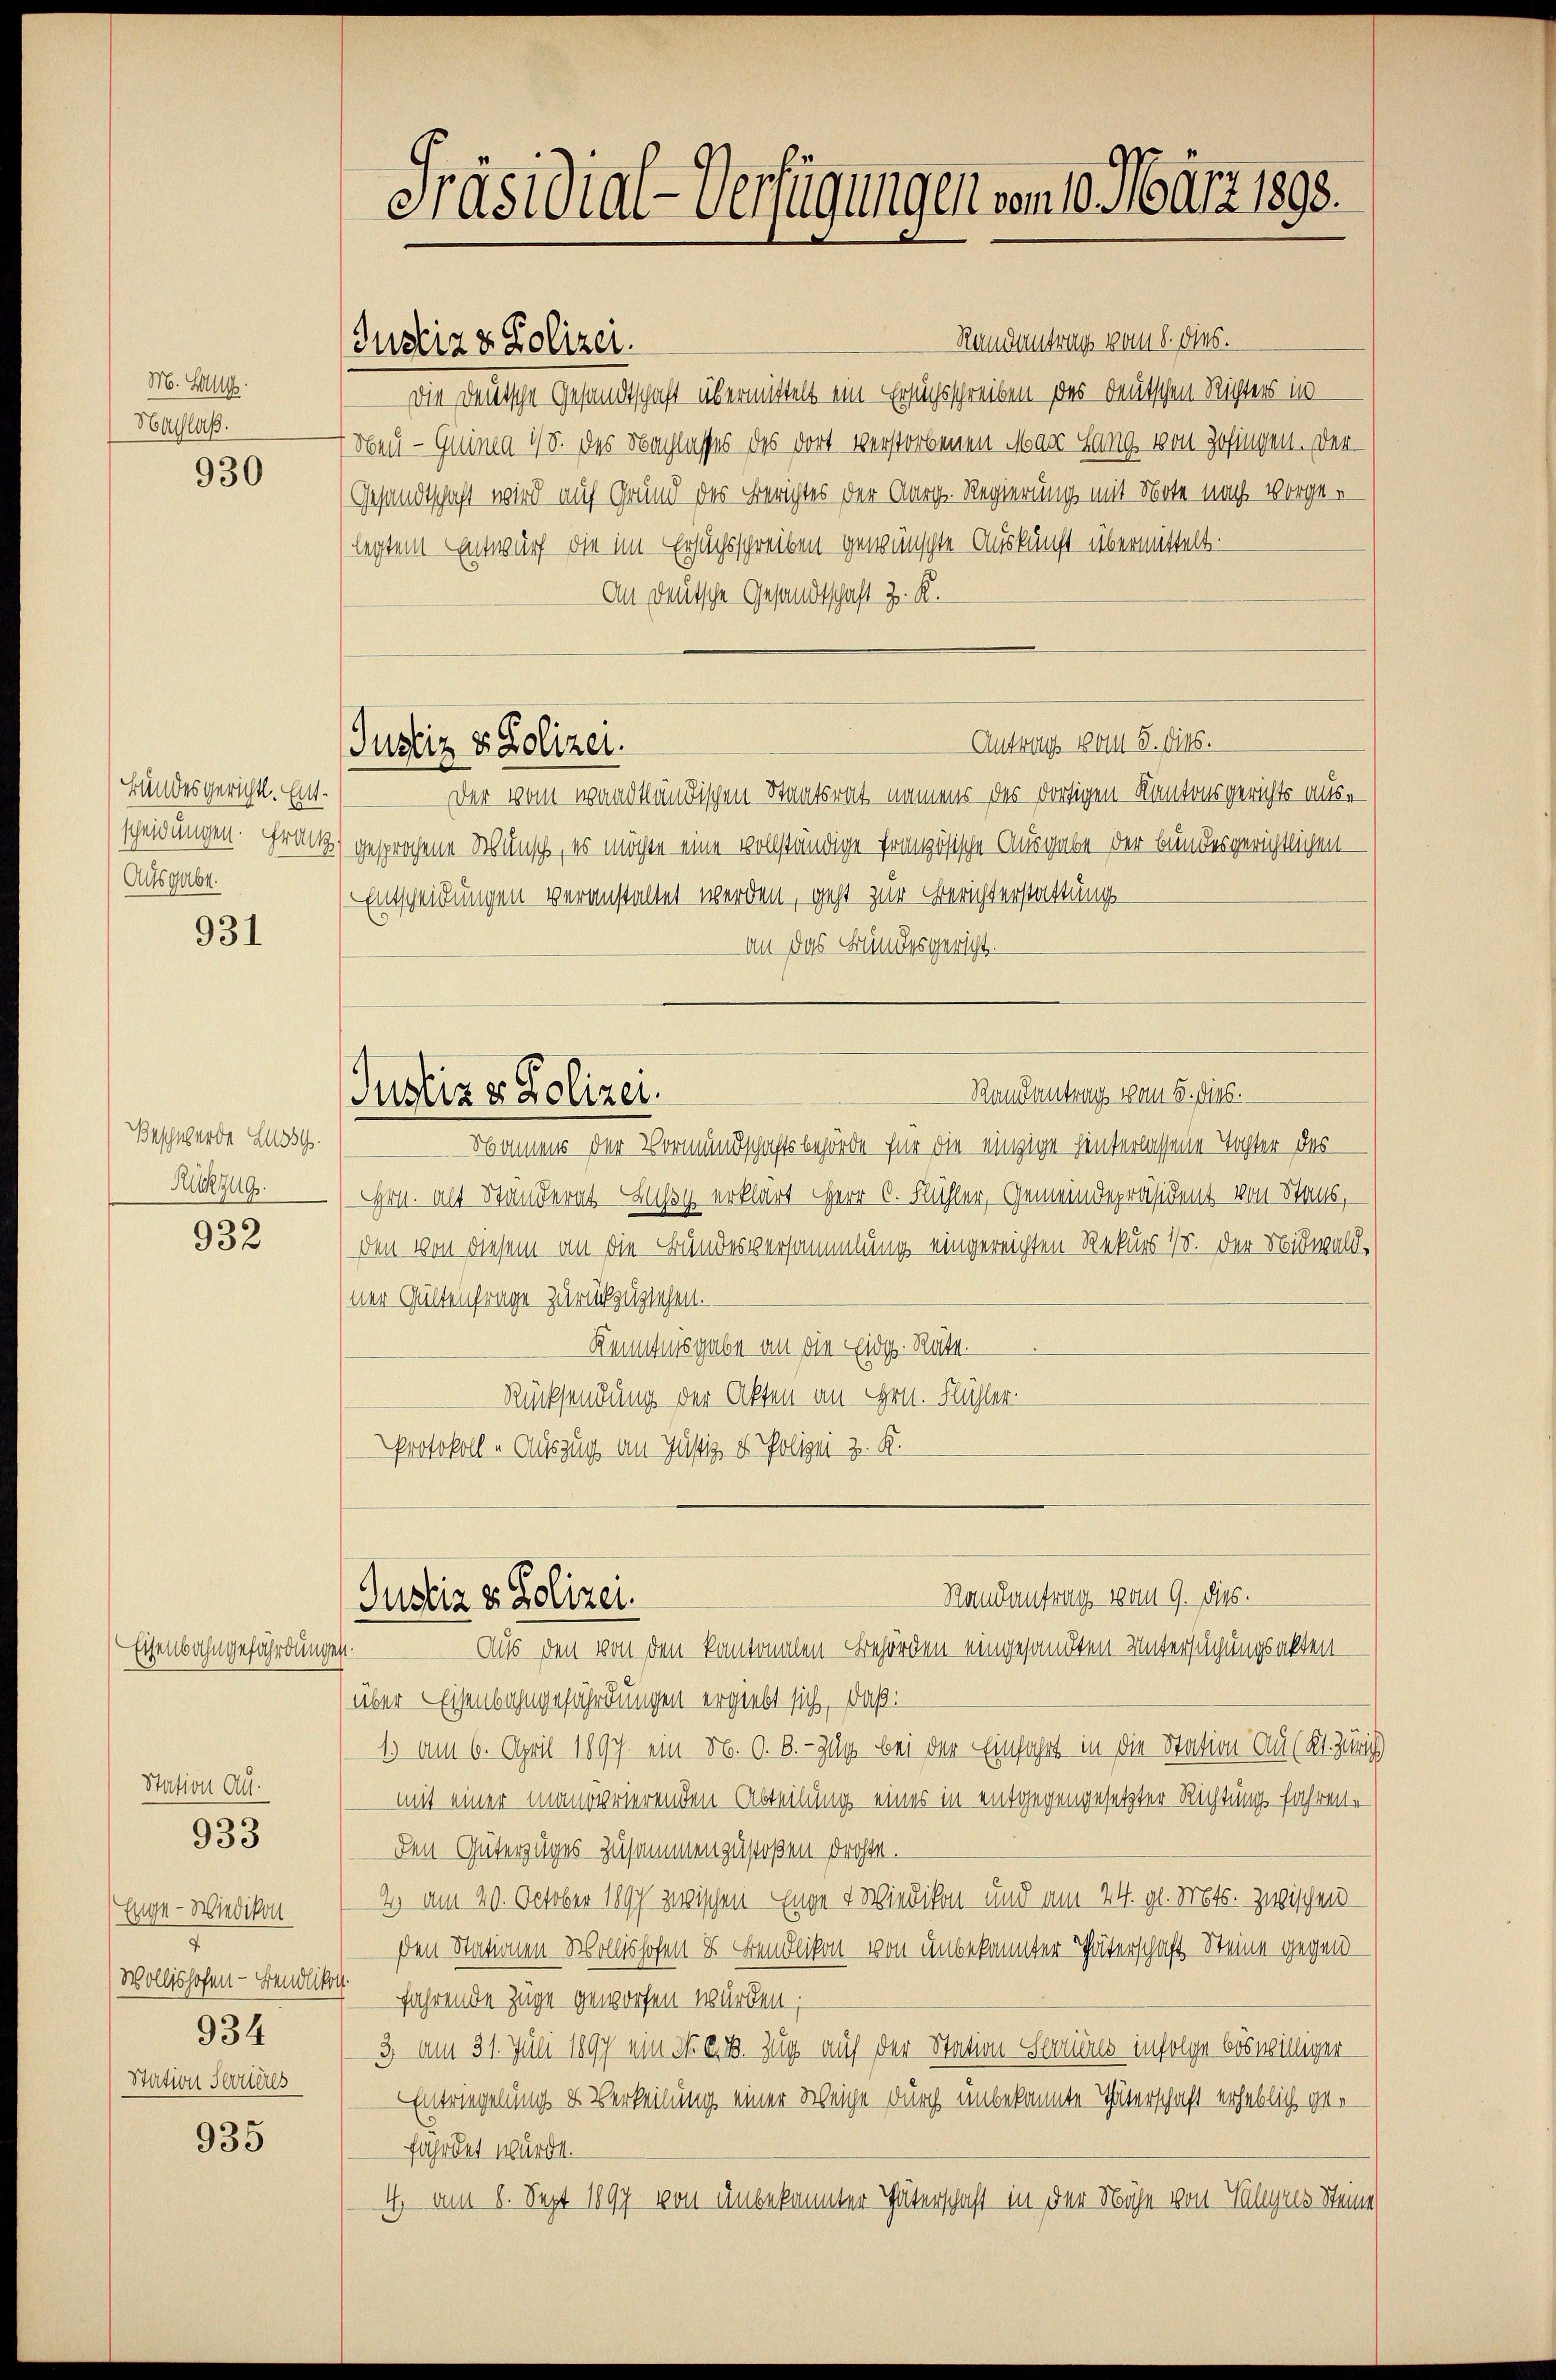
M. B
Hachlaß.

930

Bundesgericht. Entscheidungen. Franz
Ausgabe.

931

Beschwerde Lussg.
Ruszzug.

932

Eisenbahngefährdungen.

Station Au¬

933

Enge - Wiedikon
7
Wollishofen - Bendliker
934
Station Terrieres

935

Präsidial-Verfügungen vom 10. März 1893.

Randantrag vom 8. dies.
Justiz & Polizei.
Die Deutsche Gesandtschaft übermittelt ein Ersuchsschreiben das Deutschen Richters in
(Neu - Guima 48. des Nachlasses des dort verstorbenen Mare Lang, von Zofingen. Der
Gesandtschaft wird auf Grund des Berichtes der Aarg. Regierung mit Note nach vorge-
legtem Entwurf die im Ersuchsschreiben gewünschte Auskunft übermittelt.
An deutsche Gesandtschaft z. K.
Antrag vom 8. dies.
Justiz & Polizei.
Der vom wandtländischen Staatsrat namens des dortigen Kantonsgerichts ausgesprochene Wunsch, es möchte eine vollständige französische Ausgabe der bundesgerichtlichen
Entscheidungen veranstaltet werden, geht zur Berichterstattung
an das Bundesgericht.

Randantrag vom 6. dies.
 Namens der Vormundschaftsbehörde für die einzige hinterlassene Tochter des
Hrn. alt Standerat Buchs erklärt Herr C. Flühler, Gemeindepräsident von Stans,
den von diesem an die Bundesversammlung eingereichten Rekurs 18. der Nidwald,
ner Gültenfrage zurückzuziehen.
Kenntnisgabe an die Eidg. Rüte.
Rücksendung der Akten an Hrn. Flühler.
Protokoll - Auszug am Justiz u. Polizei z. K.

Justiz & Polizei.

Randantrag vom 9. dies.
Justiz & Polizei.

Aus den von den kantonalen Behörden eingesandten Untersuchungsaktenüber Eisenbahngefährdungen ergiebt sich, daß:
1) am 6. April 1897. ein N. O. B. - Jus bei der Einfahrt in die Station Au (Kt. Zürich
mit einer manderierenden Abteilung eines in entgegengesetzter Richtung fahrene
den Güterzuges zusammenzustoßen drohte.
2 am 20. October 1897 zwischen Enge 4 Wiedikon und am 24. gl. Mts. zwischen
Den Stationen Wollishofen & Bendlikon von unbekannter Thäterschaft Steine gegen
4
fahrende Züge geworfen würden;
3. am 31. Juli 1897 ein Nat. Zug auf der Station Serviers infolge böswilliger
Entriegelung & Verteilung einer Weige durch unbekannte Thäterschaft erheblich gefährdet würde.
4 am 6. Sept 1897 von unbekannter Täterschaft in der Nähe von Vales Steine